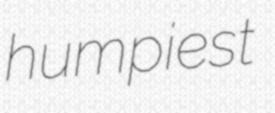
humpiest